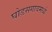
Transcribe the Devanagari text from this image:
घोडसगावमध्ये